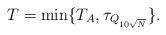
LaTeX: \begin{align*}T=\min\{T_A,\tau_{Q_{10\sqrt{N}}}\}.\end{align*}